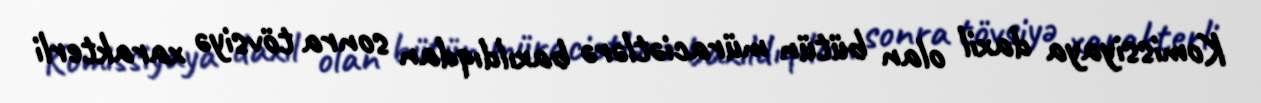
Komissiyaya daxil olan bütün müraciətlərə baxıldıqdan sonra tövsiyə xarakterli